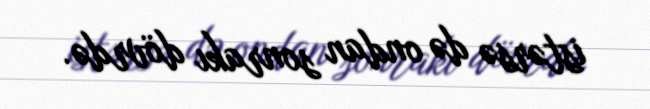
istərsə də ondan sonrakı dövrdə.